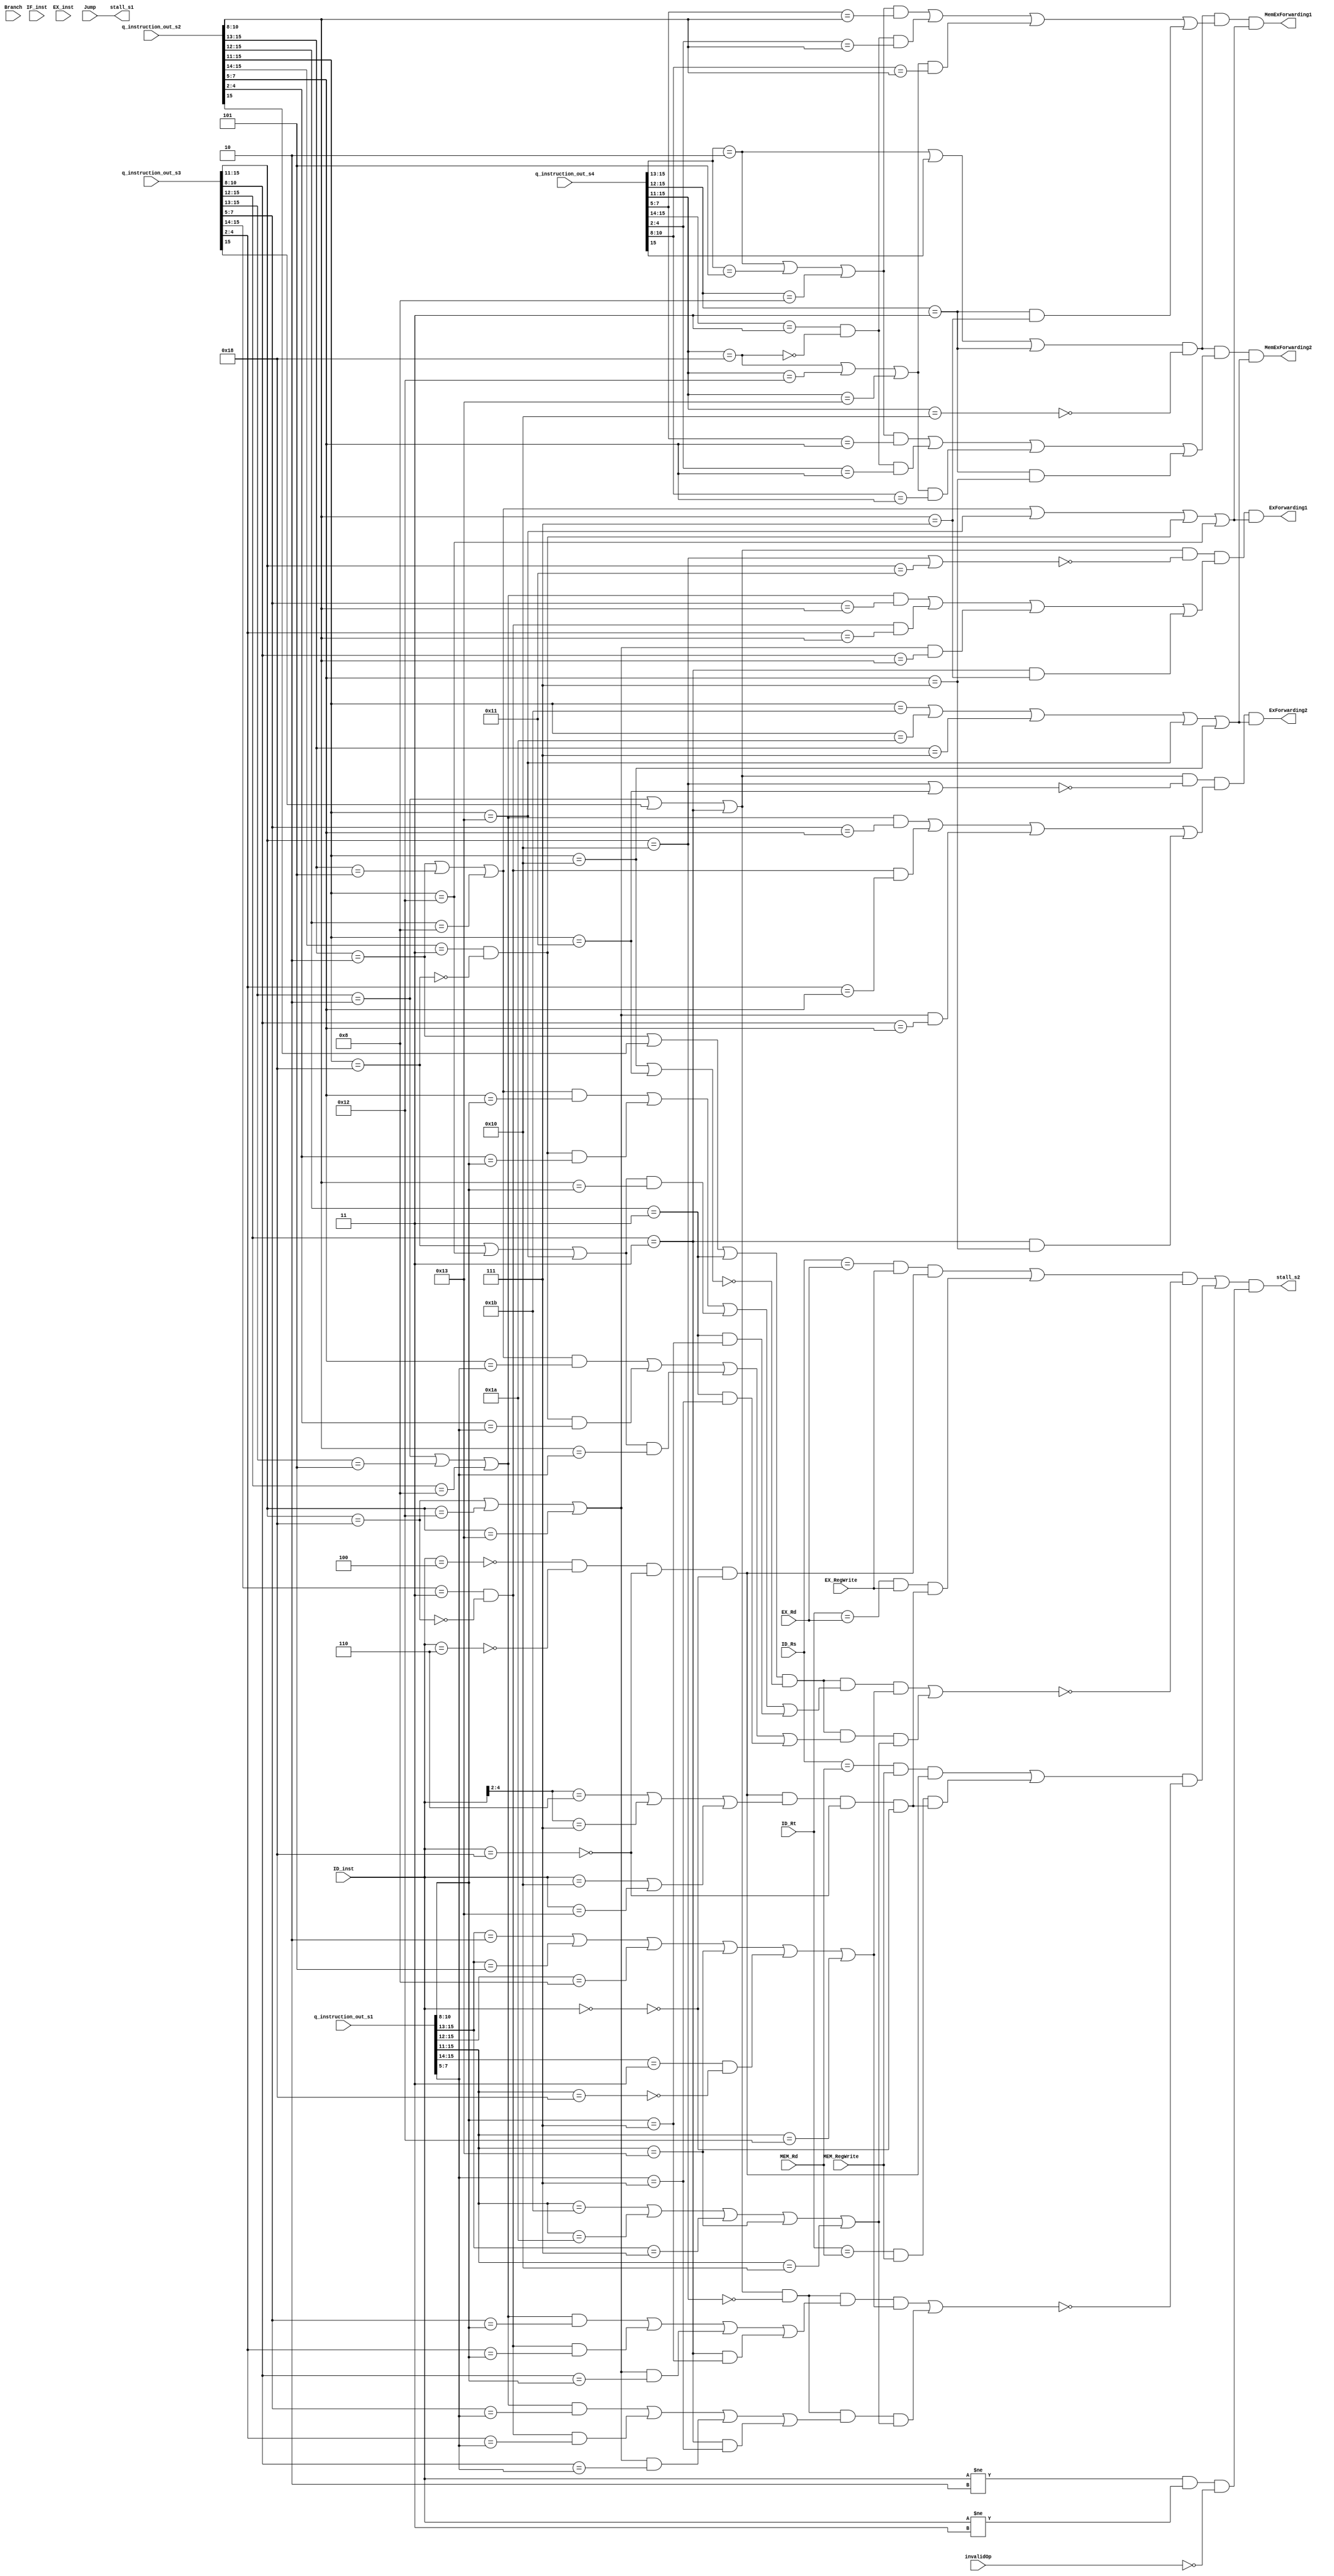
/* $Author: Garret Huibregtse # */
/* $LastChangedDate: 2019-03-01 18:01 (Fri, 15 March 2019) $ */
/* $Rev: 01 $ */
module controlhazard(/*Outputs*/
    stall_s1,
    stall_s2,
	ExForwarding1,
	ExForwarding2,
	MemExForwarding1,
	MemExForwarding2,
    //Inputs
    IF_inst,
    ID_Rs,
    ID_Rt,
    ID_inst,
    EX_Rd,
    EX_RegWrite,
    EX_inst,
    MEM_Rd,
    MEM_RegWrite,
    Branch,
    Jump,
    invalidOp,
	q_instruction_out_s1,
	q_instruction_out_s2,
	q_instruction_out_s3,
	q_instruction_out_s4
    );
    
    input [2:0] ID_Rs, ID_Rt, EX_Rd, MEM_Rd;
    input EX_RegWrite, MEM_RegWrite, Branch, Jump, invalidOp;
    input [4:0] IF_inst, ID_inst, EX_inst;
	input [15:0] q_instruction_out_s1,q_instruction_out_s2,q_instruction_out_s3,q_instruction_out_s4;
   
    output stall_s1, stall_s2,ExForwarding1,ExForwarding2,MemExForwarding1,MemExForwarding2;
    wire n1, n2, n3, n4, n5, n6, n7;
	wire ExForwarding1Possible,ExForwarding2Possible,MemExForwarding1Possible,MemExForwarding2Possible;
    // XXX Rd, Rs, immediate
    assign n1 = (ID_inst[4:2] == 3'b010) | (ID_inst[4:2] == 3'b101) |
                (ID_inst[4:0] == 5'b10001) | (ID_inst[4:0] == 5'b10011) |
                (ID_inst[4:0] == 5'b11001);
               
    // XXX Rd, Rs, Rt
    assign n2 = (ID_inst[4:0] == 5'b10000) | (ID_inst[4:0] == 5'b10011);
    assign n3 = (ID_inst[4:2] == 3'b110) | (ID_inst[4:2] == 3'b111) | n2;
    
    assign n4 = ~(ID_inst[4:0] == 5'b00100) & ~(ID_inst[4:0] == 5'b00110) & n6 & n7;// & n6 & n7;
    assign n5 = n4 & n3 & n6 & n7;// & n6 & n7;
    assign n6 = ~(ID_inst == 5'b11000);// & ~(EX_inst == 5'b11000);
    assign n7 = ~(ID_inst == 5'b00000); // & ~(ID_inst == 5'b00001);
    assign stall_s1 = /*Branch |*/ Jump;
    assign stall_s2 = ((((ID_Rs == EX_Rd & EX_RegWrite & n4) | (ID_Rt == EX_Rd & EX_RegWrite & n5)) &  ~(ExForwarding1Possible | ExForwarding2Possible)) |
                      (((ID_Rs == MEM_Rd & MEM_RegWrite & n4) | (ID_Rt == MEM_Rd & MEM_RegWrite & n5)) & ~(MemExForwarding1Possible | MemExForwarding2Possible)))
                      & (ID_inst != 5'b00010 & ID_inst != 5'b00011 & ~invalidOp);
					 
			

	/************************************
	         EX-EX FORWARDING
	************************************/
				
	// for input1 instruction 
   /*                  pipe three/stage 4 instruction has register destination from a register          */
   assign ExForwarding1Possible = ((q_instruction_out_s2[15:13] == 3'b010 | q_instruction_out_s2[15] == 1'b1 | q_instruction_out_s2[15:12] == 4'b0011) & ~(q_instruction_out_s2[15:11] == 5'b10000 | q_instruction_out_s2[15:11] == 5'b10001)) &
   /*     Destination register equals register read for input 1     */
			   (((q_instruction_out_s2[15:13] == 3'b010 | q_instruction_out_s2[15:13] == 3'b101 | q_instruction_out_s2[15:12] == 4'b1000) & (q_instruction_out_s2[7:5] == q_instruction_out_s1[10:8])) |
   /*     Destination regeister equals register read for input 1 again    */
			   ((q_instruction_out_s2[15:14] == 2'b11 & ~(q_instruction_out_s2[15:11] == 5'b11000)) & (q_instruction_out_s2[4:2] == q_instruction_out_s1[10:8])) |
   /*     Destination register equalts register read for input 1 again for lbi and slbi     */
			   ((q_instruction_out_s2[15:11] == 5'b11000 | q_instruction_out_s2[15:11] == 5'b10010 | q_instruction_out_s2[15:11] == 5'b10011) & (q_instruction_out_s2[10:8] == q_instruction_out_s1[10:8])) |
   /*     Destination register equals register read for input 1 again for jal and jalr        */
			   ((q_instruction_out_s2[15:12] == 4'b0011) & (q_instruction_out_s1[10:8] == 3'b111))) &
   /*     pipe two/stage 3 q_instruction_out_s1 is reading a register         */
			   (q_instruction_out_s1[15:13] == 3'b010 | q_instruction_out_s1[15:13] == 3'b101 | q_instruction_out_s1[15:12] == 4'b1000 | q_instruction_out_s1[15:11] == 5'b10011 | (q_instruction_out_s1[15:14] == 2'b11 & ~(q_instruction_out_s1[15:11] == 5'b11000)) | q_instruction_out_s1[15:11] == 5'b10010);
   
    
	// for input2 q_instruction_out_s1
   /*                 pipe three/stage 4 q_instruction_out_s1 has register destination from a register      */
   assign ExForwarding2Possible = ((q_instruction_out_s2[15:13] == 3'b010 | q_instruction_out_s2[15] == 1'b1 | q_instruction_out_s2[15:12] == 4'b0011) & ~(q_instruction_out_s2[15:11] == 5'b10000 | q_instruction_out_s2[15:11] == 5'b10001)) &
   /*      Destination register equals register read for input 2                   */
			   (((q_instruction_out_s2[15:13] == 3'b010 | q_instruction_out_s2[15:13] == 3'b101 | q_instruction_out_s2[15:12] == 4'b1000) & (q_instruction_out_s2[7:5] == q_instruction_out_s1[7:5])) |
   /*     Destination regeister equals register read for input 2 again    */
			   ((q_instruction_out_s2[15:14] == 2'b11 & ~(q_instruction_out_s2[15:11] == 5'b11000)) & (q_instruction_out_s2[4:2] == q_instruction_out_s1[7:5])) |
   /*     Destination register equalts register read for input 2 again for lbi and slbi     */
			   ((q_instruction_out_s2[15:11] == 5'b11000 | q_instruction_out_s2[15:11] == 5'b10010 | q_instruction_out_s2[15:11] == 5'b10011) & (q_instruction_out_s2[10:8] == q_instruction_out_s1[7:5])) |
   /*     Destination register equals register read for input 2 again for jal and jalr        */
			   ((q_instruction_out_s2[15:12] == 4'b0011) & (q_instruction_out_s1[7:5] == 3'b111))) &
   /*     pipe two/stage 3 q_instruction_out_s1 is reading a register         */
			   (q_instruction_out_s1[15:11] == 5'b11011 | q_instruction_out_s1[15:11] == 5'b11010 | q_instruction_out_s1[15:13] == 3'b111  | q_instruction_out_s1[15:11] == 5'b10011 | q_instruction_out_s1[15:11] == 5'b10000);
   

   	// for input1 instruction 
   /*                  pipe three/stage 4 instruction has register destination  from a register         */
   assign ExForwarding1 = ((q_instruction_out_s3[15:13] == 3'b010 | q_instruction_out_s3[15] == 1'b1 | q_instruction_out_s3[15:12] == 4'b0011) & ~(q_instruction_out_s3[15:11] == 5'b10000 | q_instruction_out_s3[15:11] == 5'b10001)) &
   /*     Destination register equals register read for input 1     */
			   (((q_instruction_out_s3[15:13] == 3'b010 | q_instruction_out_s3[15:13] == 3'b101 | q_instruction_out_s3[15:12] == 4'b1000) & (q_instruction_out_s3[7:5] == q_instruction_out_s2[10:8])) |
   /*     Destination regeister equals register read for input 1 again    */
			   ((q_instruction_out_s3[15:14] == 2'b11 & ~(q_instruction_out_s3[15:11] == 5'b11000)) & (q_instruction_out_s3[4:2] == q_instruction_out_s2[10:8])) |
   /*     Destination register equalts register read for input 1 again for lbi and slbi     */
			   ((q_instruction_out_s3[15:11] == 5'b11000 | q_instruction_out_s3[15:11] == 5'b10010 | q_instruction_out_s3[15:11] == 5'b10011) & (q_instruction_out_s3[10:8] == q_instruction_out_s2[10:8])) |
   /*     Destination register equals register read for input 1 again for jal and jalr        */
			   ((q_instruction_out_s3[15:12] == 4'b0011) & (q_instruction_out_s2[10:8] == 3'b111))) &
   /*     pipe two/stage 3 q_instruction_out_s2 is reading a register         */
			   (q_instruction_out_s2[15:13] == 3'b010 | q_instruction_out_s2[15:13] == 3'b101 | q_instruction_out_s2[15:12] == 4'b1000 | q_instruction_out_s2[15:11] == 5'b10011 | (q_instruction_out_s2[15:14] == 2'b11 & ~(q_instruction_out_s2[15:11] == 5'b11000)) | q_instruction_out_s2[15:11] == 5'b10010);
   
    
	// for input2 q_instruction_out_s2
   /*                 pipe three/stage 4 q_instruction_out_s2 has register destination from a register      */
   assign ExForwarding2 = ((q_instruction_out_s3[15:13] == 3'b010 | q_instruction_out_s3[15] == 1'b1 | q_instruction_out_s3[15:12] == 4'b0011) & ~(q_instruction_out_s3[15:11] == 5'b10000 | q_instruction_out_s2[15:11] == 5'b10001)) &
   /*      Destination register equals register read for input 2                   */
			   (((q_instruction_out_s3[15:13] == 3'b010 | q_instruction_out_s3[15:13] == 3'b101 | q_instruction_out_s3[15:12] == 4'b1000) & (q_instruction_out_s3[7:5] == q_instruction_out_s2[7:5])) |
   /*     Destination regeister equals register read for input 2 again    */
			   ((q_instruction_out_s3[15:14] == 2'b11 & ~(q_instruction_out_s3[15:11] == 5'b11000)) & (q_instruction_out_s3[4:2] == q_instruction_out_s2[7:5])) |
   /*     Destination register equalts register read for input 2 again for lbi and slbi     */
			   ((q_instruction_out_s3[15:11] == 5'b11000 | q_instruction_out_s3[15:11] == 5'b10010 | q_instruction_out_s3[15:11] == 5'b10011) & (q_instruction_out_s3[10:8] == q_instruction_out_s2[7:5])) |
   /*     Destination register equals register read for input 2 again for jal and jalr        */
			   ((q_instruction_out_s3[15:12] == 4'b0011) & (q_instruction_out_s2[7:5] == 3'b111))) &
   /*     pipe two/stage 3 q_instruction_out_s2 is reading a register         */
			   (q_instruction_out_s2[15:11] == 5'b11011 | q_instruction_out_s2[15:11] == 5'b11010 | q_instruction_out_s2[15:13] == 3'b111 | q_instruction_out_s2[15:11] == 5'b10011 | q_instruction_out_s2[15:11] == 5'b10000);   
  
  
   /*******************************************
               MEM-EX FORWARDING
   *******************************************/
   
   // for input1 instruction 
   /*                  pipe three/stage 4 instruction has register destination          */
   assign MemExForwarding1Possible = ((q_instruction_out_s3[15:13] == 3'b010 | q_instruction_out_s3[15] == 1'b1 | q_instruction_out_s3[15:12] == 4'b0011) & ~(q_instruction_out_s3[15:11] == 5'b10000)) &
   /*     Destination register equals register read for input 1     */
			   (((q_instruction_out_s3[15:13] == 3'b010 | q_instruction_out_s3[15:13] == 3'b101 | q_instruction_out_s3[15:12] == 4'b1000) & (q_instruction_out_s3[7:5] == q_instruction_out_s1[10:8])) |
   /*     Destination regeister equals register read for input 1 again    */
			   ((q_instruction_out_s3[15:14] == 2'b11 & ~(q_instruction_out_s3[15:11] == 5'b11000)) & (q_instruction_out_s3[4:2] == q_instruction_out_s1[10:8])) |
   /*     Destination register equalts register read for input 1 again for lbi and slbi     */
			   ((q_instruction_out_s3[15:11] == 5'b11000 | q_instruction_out_s3[15:11] == 5'b10010 | q_instruction_out_s3[15:11] == 5'b10011) & (q_instruction_out_s3[10:8] == q_instruction_out_s1[10:8])) |
   /*     Destination register equals register read for input 1 again for jal and jalr        */
			   ((q_instruction_out_s3[15:12] == 4'b0011) & (q_instruction_out_s1[10:8] == 3'b111))) &
   /*     pipe two/stage 3 q_instruction_out_s1 is reading a register         */
			   (q_instruction_out_s1[15:13] == 3'b010 | q_instruction_out_s1[15:13] == 3'b101 | q_instruction_out_s1[15:12] == 4'b1000 | q_instruction_out_s1[15:11] == 5'b10011 | (q_instruction_out_s1[15:14] == 2'b11 & ~(q_instruction_out_s1[15:11] == 5'b11000)) | q_instruction_out_s1[15:11] == 5'b10010);
   
    
	// for input2 q_instruction_out_s1
   /*                 pipe three/stage 4 q_instruction_out_s1 has register destination      */
   assign MemExForwarding2Possible = ((q_instruction_out_s3[15:13] == 3'b010 | q_instruction_out_s3[15] == 1'b1 | q_instruction_out_s3[15:12] == 4'b0011) & ~(q_instruction_out_s3[15:11] == 5'b10000)) &
   /*      Destination register equals register read for input 2                   */
			   (((q_instruction_out_s3[15:13] == 3'b010 | q_instruction_out_s3[15:13] == 3'b101 | q_instruction_out_s3[15:12] == 4'b1000) & (q_instruction_out_s3[7:5] == q_instruction_out_s1[7:5])) |
   /*     Destination regeister equals register read for input 2 again    */
			   ((q_instruction_out_s3[15:14] == 2'b11 & ~(q_instruction_out_s3[15:11] == 5'b11000)) & (q_instruction_out_s3[4:2] == q_instruction_out_s1[7:5])) |
   /*     Destination register equalts register read for input 2 again for lbi and slbi     */
			   ((q_instruction_out_s3[15:11] == 5'b11000 | q_instruction_out_s3[15:11] == 5'b10010 | q_instruction_out_s3[15:11] == 5'b10011) & (q_instruction_out_s3[10:8] == q_instruction_out_s1[7:5])) |
   /*     Destination register equals register read for input 2 again for jal and jalr        */
			   ((q_instruction_out_s3[15:12] == 4'b0011) & (q_instruction_out_s1[7:5] == 3'b111))) &
   /*     pipe two/stage 3 q_instruction_out_s1 is reading a register         */
			   (q_instruction_out_s1[15:11] == 5'b11011 | q_instruction_out_s1[15:11] == 5'b11010 | q_instruction_out_s1[15:13] == 3'b111  | q_instruction_out_s1[15:11] == 5'b10011 | q_instruction_out_s1[15:11] == 5'b10000);
   

   	// for input1 instruction 
   /*                  pipe three/stage 4 instruction has register destination  from a register         */
   assign MemExForwarding1 = ((q_instruction_out_s4[15:13] == 3'b010 | q_instruction_out_s4[15] == 1'b1 | q_instruction_out_s4[15:12] == 4'b0011) & ~(q_instruction_out_s4[15:11] == 5'b10000)) &
   /*     Destination register equals register read for input 1     */
			   (((q_instruction_out_s4[15:13] == 3'b010 | q_instruction_out_s4[15:13] == 3'b101 | q_instruction_out_s4[15:12] == 4'b1000) & (q_instruction_out_s4[7:5] == q_instruction_out_s2[10:8])) |
   /*     Destination regeister equals register read for input 1 again    */
			   ((q_instruction_out_s4[15:14] == 2'b11 & ~(q_instruction_out_s4[15:11] == 5'b11000)) & (q_instruction_out_s4[4:2] == q_instruction_out_s2[10:8])) |
   /*     Destination register equalts register read for input 1 again for lbi and slbi     */
			   ((q_instruction_out_s4[15:11] == 5'b11000 | q_instruction_out_s4[15:11] == 5'b10010 | q_instruction_out_s4[15:11] == 5'b10011) & (q_instruction_out_s4[10:8] == q_instruction_out_s2[10:8])) |
   /*     Destination register equals register read for input 1 again for jal and jalr        */
			   ((q_instruction_out_s4[15:12] == 4'b0011) & (q_instruction_out_s2[10:8] == 3'b111))) &
   /*     pipe two/stage 3 q_instruction_out_s2 is reading a register         */
			   (q_instruction_out_s2[15:13] == 3'b010 | q_instruction_out_s2[15:13] == 3'b101 | q_instruction_out_s2[15:12] == 4'b1000 | q_instruction_out_s2[15:11] == 5'b10011 | (q_instruction_out_s2[15:14] == 2'b11 & ~(q_instruction_out_s2[15:11] == 5'b11000)) | q_instruction_out_s2[15:11] == 5'b10010);
   
    
	// for input2 q_instruction_out_s2
   /*                 pipe three/stage 4 q_instruction_out_s2 has register destination from a register      */
   assign MemExForwarding2 = ((q_instruction_out_s4[15:13] == 3'b010 | q_instruction_out_s4[15] == 1'b1 | q_instruction_out_s4[15:12] == 4'b0011) & ~(q_instruction_out_s4[15:11] == 5'b10000)) &
   /*      Destination register equals register read for input 2                   */
			   (((q_instruction_out_s4[15:13] == 3'b010 | q_instruction_out_s4[15:13] == 3'b101 | q_instruction_out_s4[15:12] == 4'b1000) & (q_instruction_out_s4[7:5] == q_instruction_out_s2[7:5])) |
   /*     Destination regeister equals register read for input 2 again    */
			   ((q_instruction_out_s4[15:14] == 2'b11 & ~(q_instruction_out_s4[15:11] == 5'b11000)) & (q_instruction_out_s4[4:2] == q_instruction_out_s2[7:5])) |
   /*     Destination register equalts register read for input 2 again for lbi and slbi     */
			   ((q_instruction_out_s4[15:11] == 5'b11000 | q_instruction_out_s4[15:11] == 5'b10010 | q_instruction_out_s4[15:11] == 5'b10011) & (q_instruction_out_s4[10:8] == q_instruction_out_s2[7:5])) |
   /*     Destination register equals register read for input 2 again for jal and jalr        */
			   ((q_instruction_out_s4[15:12] == 4'b0011) & (q_instruction_out_s2[7:5] == 3'b111))) &
   /*     pipe two/stage 3 q_instruction_out_s2 is reading a register         */
			   (q_instruction_out_s2[15:11] == 5'b11011 | q_instruction_out_s2[15:11] == 5'b11010 | q_instruction_out_s2[15:13] == 3'b111 | q_instruction_out_s2[15:11] == 5'b10011 | q_instruction_out_s2[15:11] == 5'b10000);    
  
endmodule